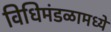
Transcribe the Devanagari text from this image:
विधिमंडळामध्‍ये